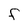
Character: F